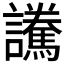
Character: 𲁿